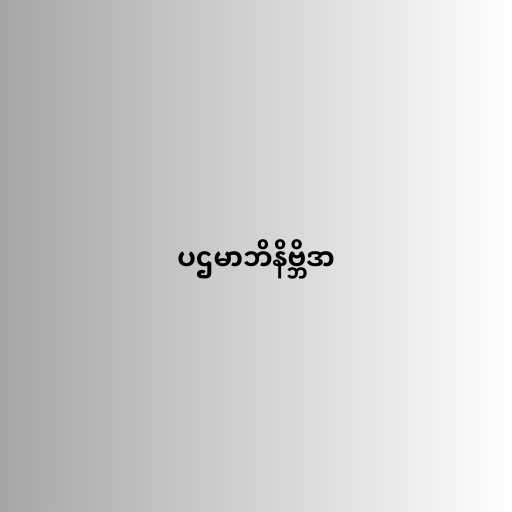
ပဌမာဘိနိဗ္ဘိဒာ